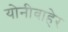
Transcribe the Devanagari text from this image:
योनीबाहेर